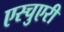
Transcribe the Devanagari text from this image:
एस्चुएरी